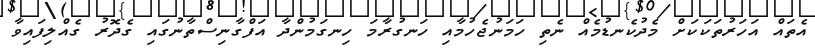
އެތައް އަހަރުތަކަކަށް މެދުކެނޑުމެއް ނެތި ހަމަނުޖެހުމާއި ހަނގުރާމަ ހިނގަމުންދާ އަފްގާނިސްތާނުގައި ގެދޮރު ގެއްލިފައިވާ